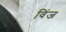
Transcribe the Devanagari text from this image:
विंज